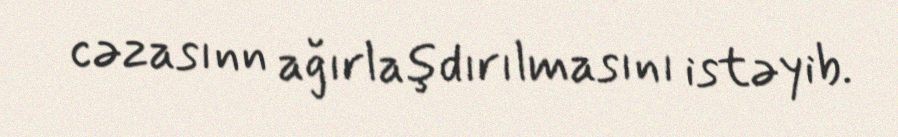
cəzasınn ağırlaşdırılmasını istəyib.